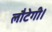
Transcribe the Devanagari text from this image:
लौटेगी।